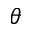
\theta